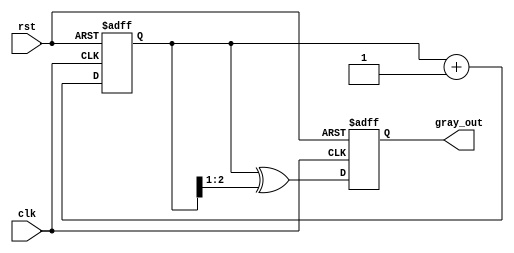
module gray_code_counter #(
    parameter N = 3  // Parameter to define the number of bits
)(
    input wire clk,      // Clock signal
    input wire rst,      // Asynchronous reset signal
    output reg [N-1:0] gray_out  // Gray code output
);

    // Internal register for the binary count
    reg [N-1:0] binary_count;

    // Always block for synchronous operation
    always @(posedge clk or posedge rst) begin
        if (rst) begin
            // Reset the counter to zero
            binary_count <= 0;
            gray_out <= 0;
        end else begin
            // Increment the binary counter
            binary_count <= binary_count + 1;

            // Convert binary count to Gray code
            gray_out <= binary_count ^ (binary_count >> 1);
        end
    end

endmodule